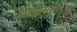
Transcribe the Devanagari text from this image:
आईएससीआई